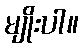
မျိုးပါ။